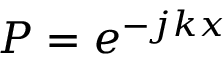
P = e ^ { - j k x }